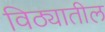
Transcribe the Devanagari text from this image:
विठ्यातील